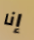
إنا